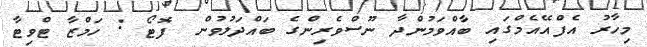
މިހާރު އެފްއޭއެމްގައި ބާއްވަމުންދާ ނޫސްވެރިންގެ ބައްދަލުވުން  ފޮޓޯ : ހަމްޒާ ޓްވިޓާ